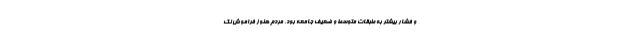
و فشار بیشتر به طبقات متوسط و ضعیف جامعه بود. مردم هنوز فراموش نک